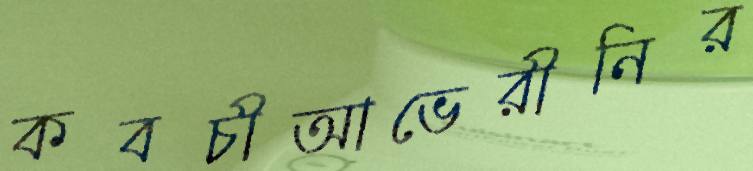
কবচীআভেরীনির